Punjab Mental Hospital Lahore 1922-31 - 1922-1931
Year: 1922
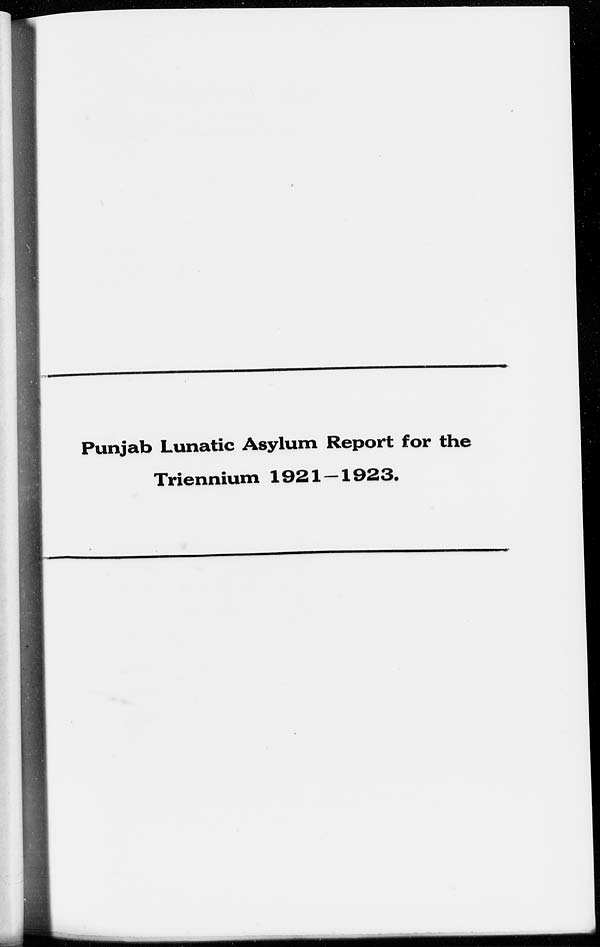
Punjab Lunatic Asylum Report for the
Triennium 1921—1923.